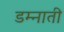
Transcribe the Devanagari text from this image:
डम्नाती